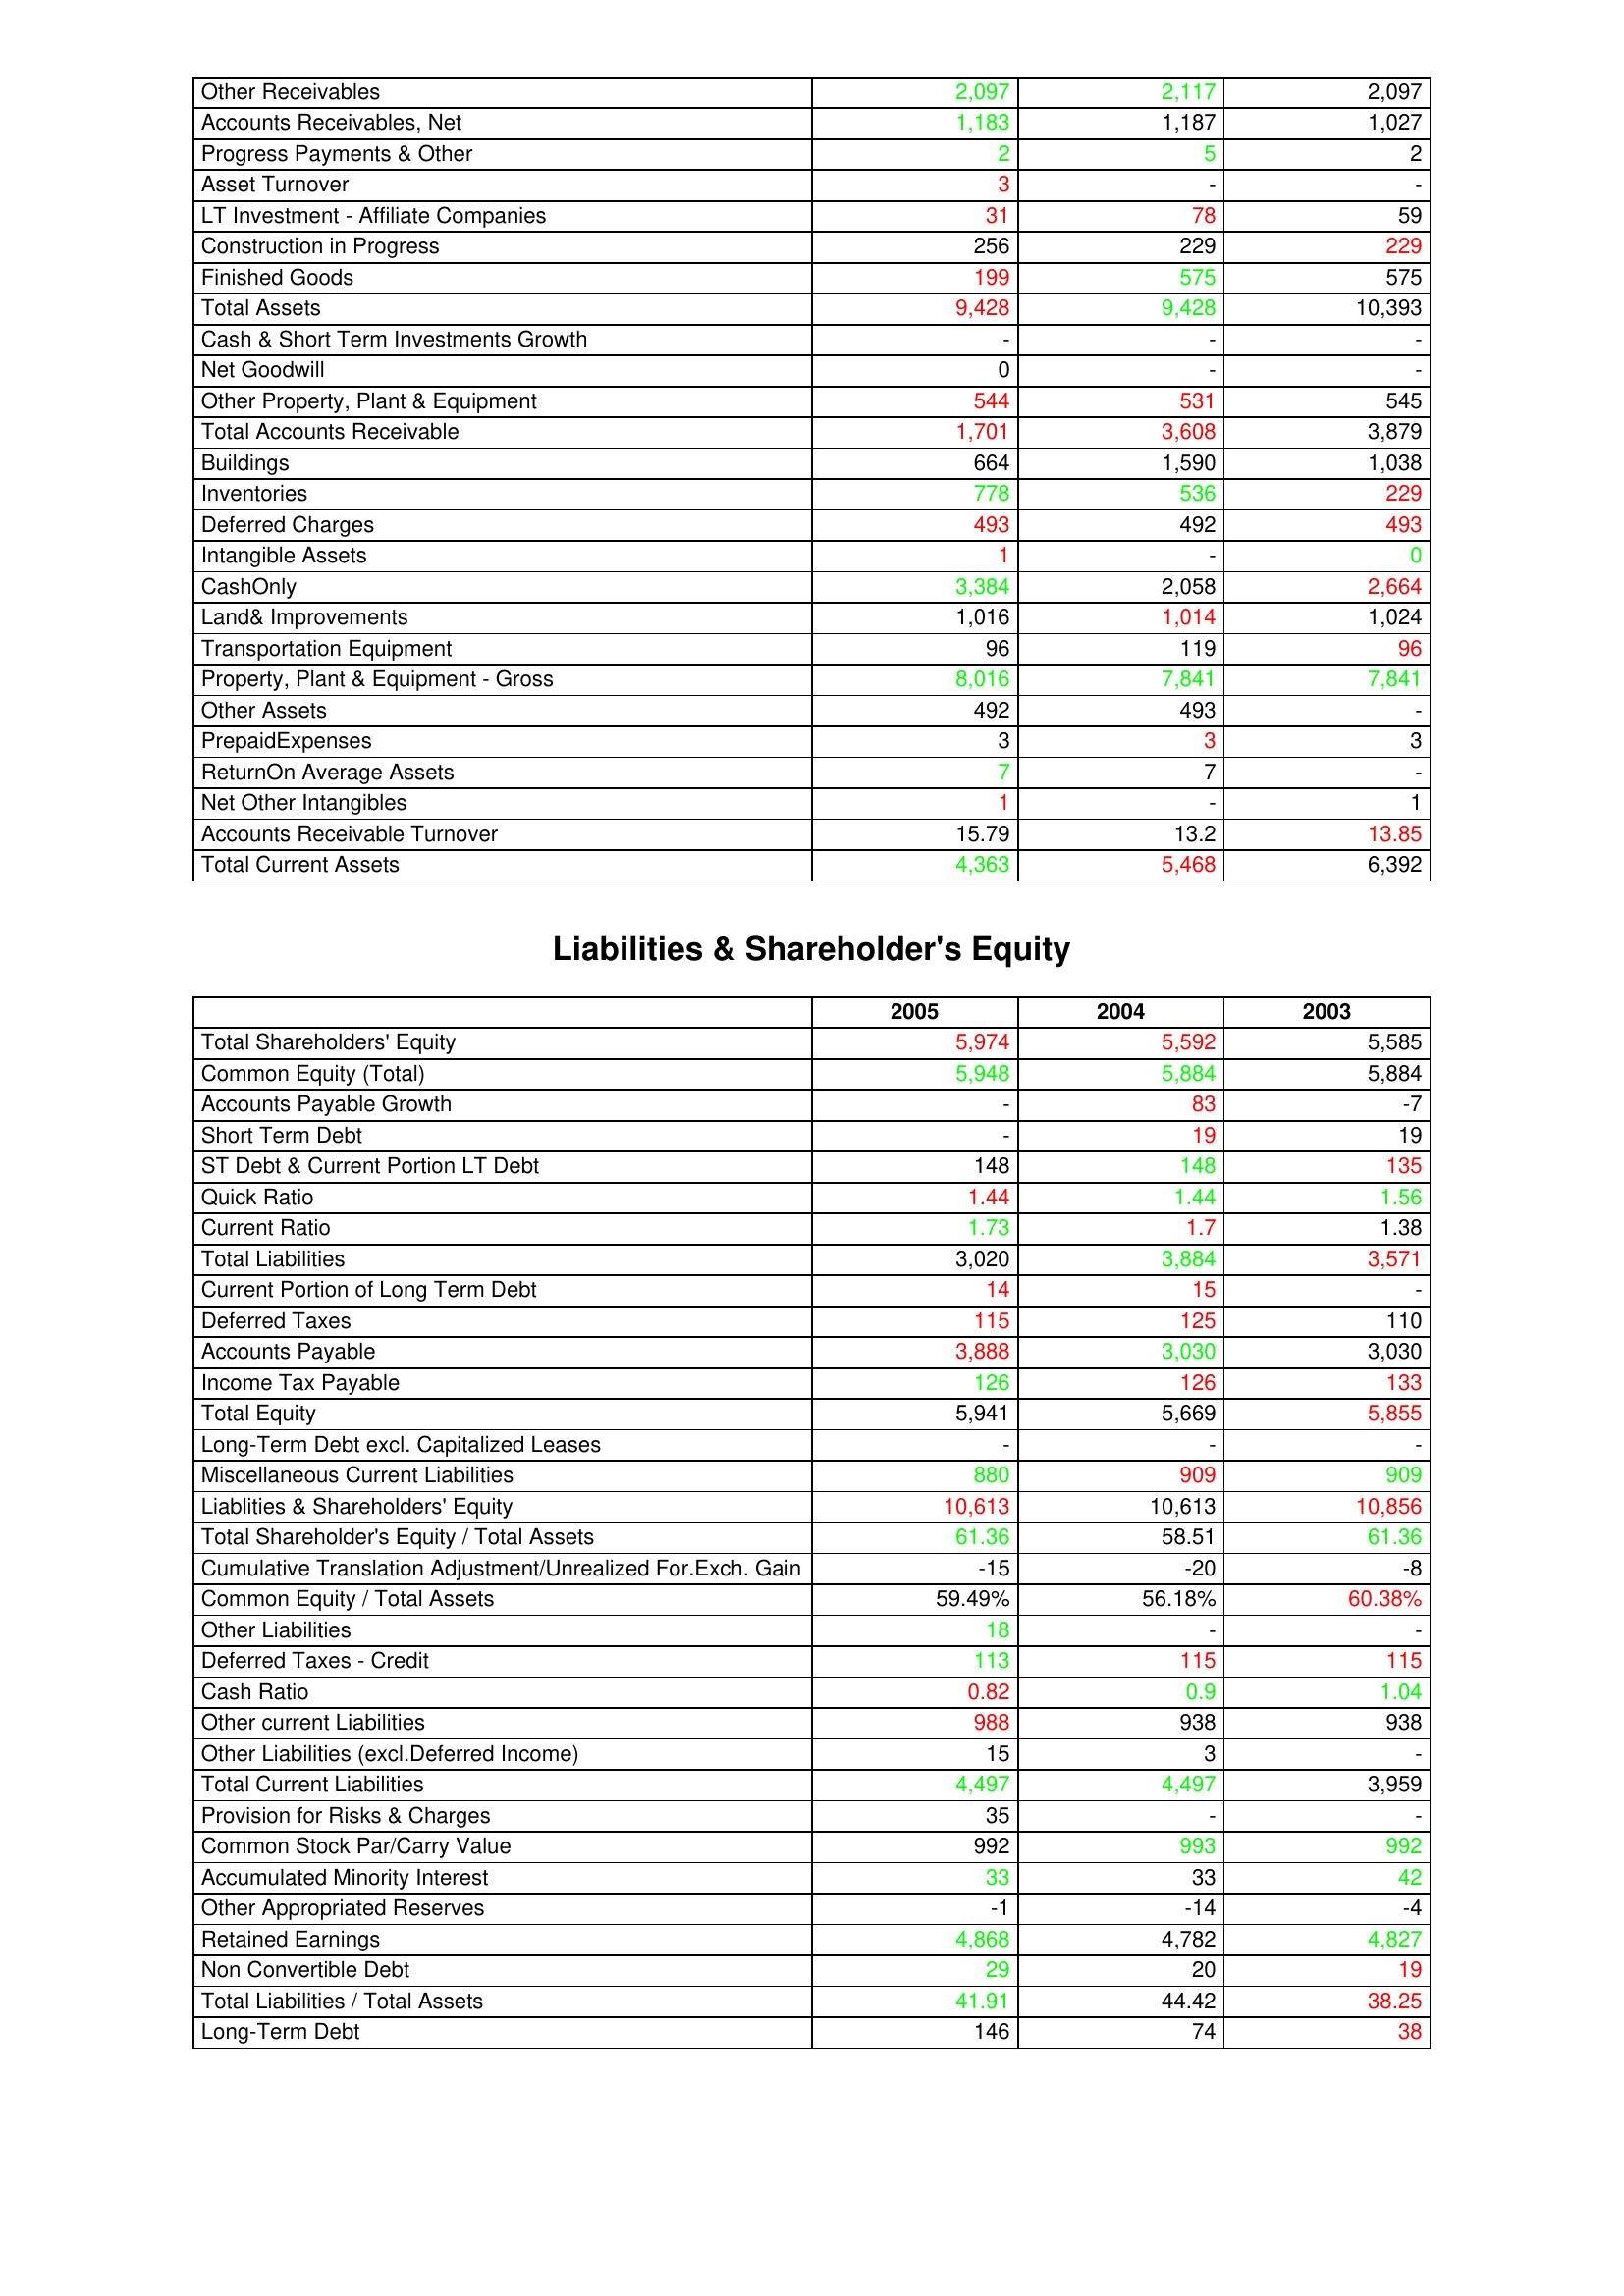
gt_parse: 2005: Assets: Other Receivables: 2,097
Accounts Receivables, Net: 1,183
Progress Payments & Other: 2
Asset Turnover: 3
LT Investment - Affiliate Companies: 31
Construction in Progress: 256
Finished Goods: 199
Total Assets: 9,428
Cash & Short Term Investments Growth: -
Net Goodwill: 0
Other Property, Plant & Equipment: 544
Total Accounts Receivable: 1,701
Buildings: 664
Inventories: 778
Deferred Charges: 493
Intangible Assets: 1
CashOnly: 3,384
Land& Improvements: 1,016
Transportation Equipment: 96
Property, Plant & Equipment - Gross : 8,016
Other Assets: 492
PrepaidExpenses: 3
ReturnOn Average Assets: 7
Net Other Intangibles: 1
Accounts Receivable Turnover: 15.79
Total Current Assets: 4,363
Liabilities & Shareholder's Equity: Total Shareholders' Equity: 5,974
Common Equity (Total): 5,948
Accounts Payable Growth: -
Short Term Debt: -
ST Debt & Current Portion LT Debt: 148
Quick Ratio: 1.44
Current Ratio: 1.73
Total Liabilities: 3,020
Current Portion of Long Term Debt: 14
Deferred Taxes: 115
Accounts Payable: 3,888
Income Tax Payable: 126
Total Equity: 5,941
Long-Term Debt excl. Capitalized Leases: -
Miscellaneous Current Liabilities: 880
Liablities & Shareholders' Equity: 10,613
Total Shareholder's Equity / Total Assets: 61.36
Cumulative Translation Adjustment/Unrealized For.Exch. Gain: -15
Common Equity / Total Assets: 59.49%
Other Liabilities: 18
Deferred Taxes - Credit: 113
Cash Ratio: 0.82
Other current Liabilities: 988
Other Liabilities (excl.Deferred Income): 15
Total Current Liabilities: 4,497
Provision for Risks & Charges: 35
Common Stock Par/Carry Value: 992
Accumulated Minority Interest: 33
Other Appropriated Reserves: -1
Retained Earnings: 4,868
Non Convertible Debt: 29
Total Liabilities / Total Assets: 41.91
Long-Term Debt: 146
2004: Assets: Other Receivables: 2,117
Accounts Receivables, Net: 1,187
Progress Payments & Other: 5
Asset Turnover: -
LT Investment - Affiliate Companies: 78
Construction in Progress: 229
Finished Goods: 575
Total Assets: 9,428
Cash & Short Term Investments Growth: -
Net Goodwill: -
Other Property, Plant & Equipment: 531
Total Accounts Receivable: 3,608
Buildings: 1,590
Inventories: 536
Deferred Charges: 492
Intangible Assets: -
CashOnly: 2,058
Land& Improvements: 1,014
Transportation Equipment: 119
Property, Plant & Equipment - Gross : 7,841
Other Assets: 493
PrepaidExpenses: 3
ReturnOn Average Assets: 7
Net Other Intangibles: -
Accounts Receivable Turnover: 13.2
Total Current Assets: 5,468
Liabilities & Shareholder's Equity: Total Shareholders' Equity: 5,592
Common Equity (Total): 5,884
Accounts Payable Growth: 83
Short Term Debt: 19
ST Debt & Current Portion LT Debt: 148
Quick Ratio: 1.44
Current Ratio: 1.7
Total Liabilities: 3,884
Current Portion of Long Term Debt: 15
Deferred Taxes: 125
Accounts Payable: 3,030
Income Tax Payable: 126
Total Equity: 5,669
Long-Term Debt excl. Capitalized Leases: -
Miscellaneous Current Liabilities: 909
Liablities & Shareholders' Equity: 10,613
Total Shareholder's Equity / Total Assets: 58.51
Cumulative Translation Adjustment/Unrealized For.Exch. Gain: -20
Common Equity / Total Assets: 56.18%
Other Liabilities: -
Deferred Taxes - Credit: 115
Cash Ratio: 0.9
Other current Liabilities: 938
Other Liabilities (excl.Deferred Income): 3
Total Current Liabilities: 4,497
Provision for Risks & Charges: -
Common Stock Par/Carry Value: 993
Accumulated Minority Interest: 33
Other Appropriated Reserves: -14
Retained Earnings: 4,782
Non Convertible Debt: 20
Total Liabilities / Total Assets: 44.42
Long-Term Debt: 74
2003: Assets: Other Receivables: 2,097
Accounts Receivables, Net: 1,027
Progress Payments & Other: 2
Asset Turnover: -
LT Investment - Affiliate Companies: 59
Construction in Progress: 229
Finished Goods: 575
Total Assets: 10,393
Cash & Short Term Investments Growth: -
Net Goodwill: -
Other Property, Plant & Equipment: 545
Total Accounts Receivable: 3,879
Buildings: 1,038
Inventories: 229
Deferred Charges: 493
Intangible Assets: 0
CashOnly: 2,664
Land& Improvements: 1,024
Transportation Equipment: 96
Property, Plant & Equipment - Gross : 7,841
Other Assets: -
PrepaidExpenses: 3
ReturnOn Average Assets: -
Net Other Intangibles: 1
Accounts Receivable Turnover: 13.85
Total Current Assets: 6,392
Liabilities & Shareholder's Equity: Total Shareholders' Equity: 5,585
Common Equity (Total): 5,884
Accounts Payable Growth: -7
Short Term Debt: 19
ST Debt & Current Portion LT Debt: 135
Quick Ratio: 1.56
Current Ratio: 1.38
Total Liabilities: 3,571
Current Portion of Long Term Debt: -
Deferred Taxes: 110
Accounts Payable: 3,030
Income Tax Payable: 133
Total Equity: 5,855
Long-Term Debt excl. Capitalized Leases: -
Miscellaneous Current Liabilities: 909
Liablities & Shareholders' Equity: 10,856
Total Shareholder's Equity / Total Assets: 61.36
Cumulative Translation Adjustment/Unrealized For.Exch. Gain: -8
Common Equity / Total Assets: 60.38%
Other Liabilities: -
Deferred Taxes - Credit: 115
Cash Ratio: 1.04
Other current Liabilities: 938
Other Liabilities (excl.Deferred Income): -
Total Current Liabilities: 3,959
Provision for Risks & Charges: -
Common Stock Par/Carry Value: 992
Accumulated Minority Interest: 42
Other Appropriated Reserves: -4
Retained Earnings: 4,827
Non Convertible Debt: 19
Total Liabilities / Total Assets: 38.25
Long-Term Debt: 38